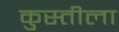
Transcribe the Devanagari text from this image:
कुस्तीला